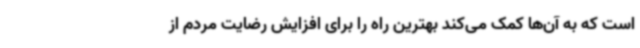
است که به آن‌ها کمک می‌کند بهترین راه را برای افزایش رضایت مردم از